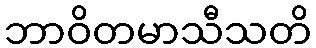
ဘာဝိတမာသီသတိ